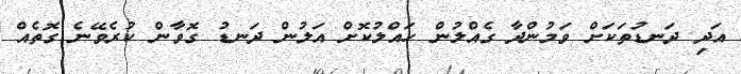
އަދި ދަނޑުތަކަށް ވަމުންދާ ގެއްލުން ހައްލުކޮށް އަލުން ދަނޑު ގޮވާން ކުރެވޭނެ ގޮތެއް